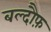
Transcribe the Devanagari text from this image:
बल्दौफ़